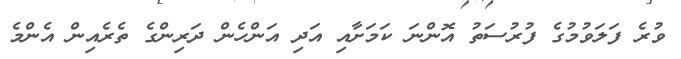
ވުރެ ފަލަވުމުގެ ފުރުސަތު އޮންނަ ކަމަށާއި އަދި އަންހެން ދަރިންގެ ތެރެއިން އެންމެ